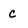
Character: c